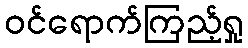
ဝင်ရောက်ကြည့်ရှု